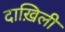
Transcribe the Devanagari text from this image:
दाख़िली